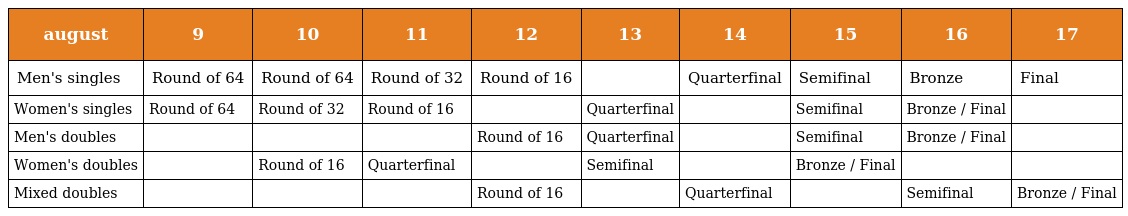
| august | 9 | 10 | 11 | 12 | 13 | 14 | 15 | 16 | 17 |
 | --- | --- | --- | --- | --- | --- | --- | --- | --- | --- |
 | Men's singles | Round of 64 | Round of 64 | Round of 32 | Round of 16 |  | Quarterfinal | Semifinal | Bronze | Final |
 | Women's singles | Round of 64 | Round of 32 | Round of 16 |  | Quarterfinal |  | Semifinal | Bronze / Final |  |
 | Men's doubles |  |  |  | Round of 16 | Quarterfinal |  | Semifinal | Bronze / Final |  |
 | Women's doubles |  | Round of 16 | Quarterfinal |  | Semifinal |  | Bronze / Final |  |  |
 | Mixed doubles |  |  |  | Round of 16 |  | Quarterfinal |  | Semifinal | Bronze / Final |